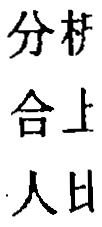
分柉
合上
人日